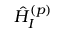
\hat { H } _ { I } ^ { ( p ) }